Civil Veterinary Dept. North-West Frontier Province 1923-32 - 1923-1932
Year: 1923
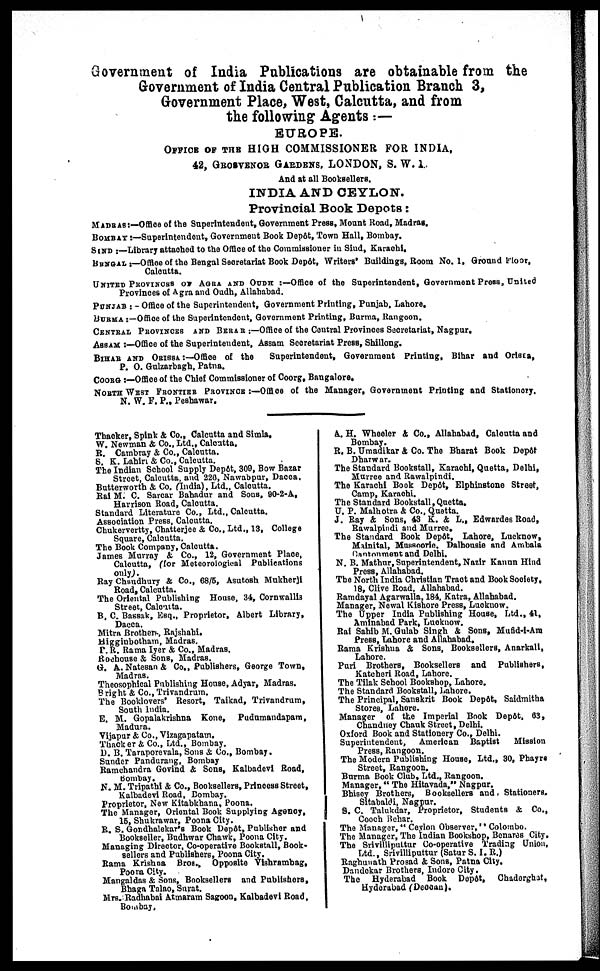
Government of India Publications are obtainable from the
Government of India Central Publication Branch 3,
Government Place, West, Calcutta, and from
the following Agents :—
EUROPE.
OFFICE OF THE HIGH COMMISSIONER FOR INDIA,
42, GROSVENOR GARDENS, LONDON, S. W. 1
And at all Booksellers.
INDIA AND CEYLON.
Provincial Book Depots:
MADRAS:—Office of the Superintendent, Government Press, Mount Road, Madras.
BOMBAY:—Superintendent, Government Book Depôt, Town Hall, Bombay.
SIND :—Library attached to the Office of the Commissioner in Sind, Karachi.
BENGAL:—Office of the Bengal Secretariat Book Depôt, Writers' Buildings, Room No. 1, Ground Floor,
Calcutta.
UNITED PROVINES OF AGRA AND OUDH :—Office of the Superintendent, Government Press, United
Provinces of Agra and Oudh, Allahabad.
PUNJAB :— Office of the Superintendent, Government Printing, Punjab, Lahore.
BURMA :—Office of the Superintendent, Government Printing, Burma, Rangoon.
CENTRAL PROVINCES AND BERAR—Office of the Coutral Provinces Secretariat, Nagpur.
ASSAM:—Office of the Superintendent, Assam Secretariat Press, Shillong.
BIHAR AND ORISSA :— Office of the
Superintendent, Government Printing, Bihar and Orissa,
P. O. Gulzarbagh, Patns.
COORG :—Office of the Chief Commissioner of Coorg, Bangalore.
NORTH WEST FRONTIER PROVINCE :—Office of the Manager, Government Printing and Stationery.
N. W. F. P., Peshawar.
Thacker, Spink & Co., Calcutta and Simla.
W. Newman & Co., Ltd., Calcutta.
R. Cambray & Co., Calcutta.
S. K. Lahiri & Co., Calcutta.
The Indian School Supply Depôt, 309, Bow Bazar
Street, Calcutta, and 226, Nawabpur, Dacca.
Butterworth & Co. (India), Ltd., Calcutta.
Rai M. C. Sarcar Bahadur and Sons, 90-2-A,
Harrison Road, Calcutta.
Standard Literature Co., Ltd., Calcutta.
Association Press, Calcutta.
Chukervertty, Chatterjee & Co., Ltd., 13, College
Square, Calcutta.
The Book Company, Calcutta.
James Murray & Co., 12, Government Place,
Calcutta, (for Meteorological Publications
only).
Ray Chaudhury & Co., 68/5, Asutosh Mukherji
Road, Calcutta.
The Oriental Publishing House, 34, Cornwallis
Street, Calcutta.
B. C. Bassak, Esq., Proprietor, Albert Library,
Dacca.
Mitra Brothers, Rajshahi.
Higginbotham, Madras.
P. R. Rama Iyer & Co., Madras.
Roehouse & Sons, Madras.
G. A. Natesan & Co., Publishers, George Town,
Madras.
Theosophical Publishing House, Adyar, Madras.
Bright & Co., Trivandrum.
The Booklovers Resort, Taikad, Trivandrum,
South India.
E. M. Gopalakrishna Kone,
Pudumandapam,
Madura.
Vijapur & Co., Vizagapatam.
Thacker & Co., Ltd., Bombay.
D. B. Taraporevala, Sons & Co., Bombay.
Sunder Pandurang, Bombay
Ramchandra Govind & Sons, Kalbadevi Road,
Bombay.
N. M. Tripathi & Co., Booksellers, Princess Street,
Kalbadevi Road, Bombay.
Proprietor, New Kitabkhana, Poona.
The Manager, Oriental Book Supplying Agency,
15, Shukrawar, Poona City.
R. S. Gondhalekar's Book Depôt, Publisher and
Bookseller, Budhwar Chawk, Poona City.
Managing Director, Co-operative Bookstall, Book-
sellers and Publishers, Poona City.
Rama Krishna Bros., Opposite Vishrambag,
Poona City.
Mangaldas & Sons, Booksellers and Publishers,
Bhaga Talao, Surat.
Mrs. Radhabai Atmaram Sagoon, Kalbadevi Road,
Bombay.
A. H. Wheeler & Co., Allahabad, Calcutta and
Bombay.
R. B. Umadikar & Co. The Bharat Book Depôt
Dharwar.
The Standard Bookstall, Karachi, Quetta, Delhi,
Murree and Rawalpindi.
The Karachi Book Depôt, Elphinstone Street,
Camp, Karachi.
The Standard Bookstall, Quetta.
U. P. Malhotra & Co., Quetta.
J. Ray & Sons, 43 K. & L., Edwardes Road,
Rawalpindi and Murree,
The Standard Book Depôt, Lahore, Lucknow,
Mainital, Massoorie. Dalhousie and Ambala
Cantonment and Delhi.
N. B. Mathur, Superintendent, Nazir Kauun Hind
Press, Allahabad.
The North India Christian Tract and Book Society,
18, Clive Road, Allahabad.
Ramdayal Agarwalla, 184, Katra, Allahabad.
Manager, Newal Kishore Press, Lucknow.
The Upper India Publishing House, Ltd., 41,
Aminabad Park, Lucknow.
Rai Sahib M. Gulab Singh & Sons, Mufid-i-Am
Press, Lahore and Allahabad.
Rama Krishna & Sons, Booksellers, Anarkali,
Lahore.
Puri Brothers, Booksellers and Publishers,
Kateheri Road, Lahore.
The Tilak School Bookshop, Lahore.
The Standard Bookstall, Lahore.
The Principal, Sanskrit Book Depôt, Saidmitha
Stores, Lahore.
Manager of the Imperial Book Depôt, 63,
Chandney Chauk Street, Delhi.
Oxford Book and Stationery Co., Delhi.
Superintendent,
American Baptist
Mission
Press, Rangoon.
The Modern Publishing House, Ltd., 30, Phayre
Street, Rangoon.
Burma Book Club, Ltd., Rangoon.
Manager,"The Hitavada," Nagpur.
Bhisey Brothers, Booksellers and Stationers.
Sitabaldi, Nagpur.
S. C. Talukdar, Proprietor, Students & Co.,
Cooch Behar.
The Manager," Ceylon Observer," Colombo.
The Manager, The Indian Bookshop, Benares City.
The Srivilliputtur Co-operative Trading Union,
Ltd., Srivilliputtur (Satur S. I. R.)
Raghunath Prosad & Sons, Patna City.
Dandekar Brothers, Indore City.
The Hyderabad Book Depôt,
Chaderghat,
Hyderabad (Deccan).